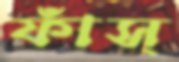
ফাঁস্‌